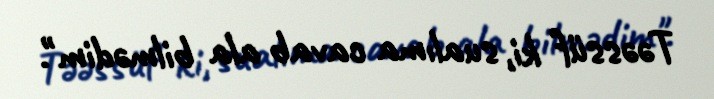
Təəssüf ki, sualıma cavab ala bilmədim".